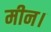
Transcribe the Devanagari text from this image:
मीन।